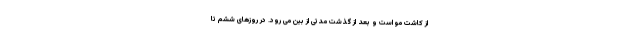
از کاشت مو است و بعد از گذشت مدتی از بین می رود. در روزهای ششم تا